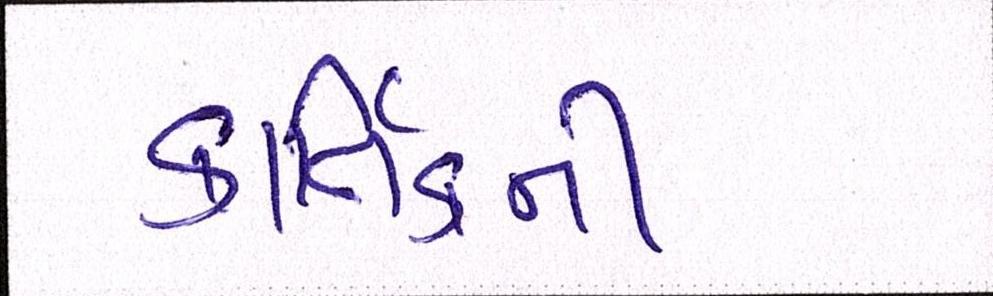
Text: કાર્તિકની